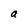
Character: a